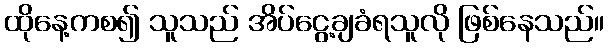
ထိုနေ့ကစ၍ သူသည် အိပ်ငွေ့ချခံရသူလို ဖြစ်နေသည်။